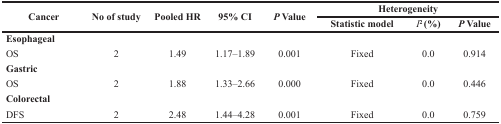
<table><thead><tr><td rowspan="2"><b>Cancer</b></td><td rowspan="2"><b>No of study</b></td><td rowspan="2"><b>Pooled HR</b></td><td rowspan="2"><b>95% CI</b></td><td rowspan="2"><b><i>P</i> Value</b></td><td colspan="3"><b>Heterogeneity</b></td></tr><tr><td><b>Statistic model</b></td><td><b><i>I</i><sup>2</sup> (%)</b></td><td><b><i>P</i> Value</b></td></tr></thead><tbody><tr><td><b>Esophageal</b></td><td></td><td></td><td></td><td></td><td></td><td></td><td></td></tr><tr><td>OS</td><td>2</td><td>1.49</td><td>1.17–1.89</td><td>0.001</td><td>Fixed</td><td>0.0</td><td>0.914</td></tr><tr><td><b>Gastric</b></td><td></td><td></td><td></td><td></td><td></td><td></td><td></td></tr><tr><td>OS</td><td>2</td><td>1.88</td><td>1.33–2.66</td><td>0.000</td><td>Fixed</td><td>0.0</td><td>0.446</td></tr><tr><td><b>Colorectal</b></td><td></td><td></td><td></td><td></td><td></td><td></td><td></td></tr><tr><td>DFS</td><td>2</td><td>2.48</td><td>1.44–4.28</td><td>0.001</td><td>Fixed</td><td>0.0</td><td>0.759</td></tr></tbody></table>